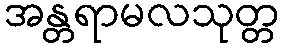
အန္တရာမလသုတ္တ